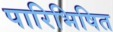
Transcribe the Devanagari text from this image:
पारिभिषित